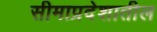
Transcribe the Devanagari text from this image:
सीमाप्रदेशातील